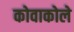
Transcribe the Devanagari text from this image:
कोवाकोले